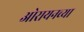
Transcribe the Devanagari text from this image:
ओरायनच्या